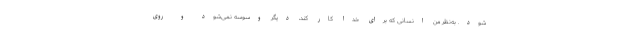
شود. به‌نظر من انسانی که برای خدا کار کند، دیگر وسوسه نمی‌شود و روی